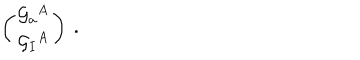
\left( \begin{matrix} { { { \cal G } _ { a } { } ^ { A } } } \\ { { { \cal G } _ { I } { } ^ { A } } } \\ \end{matrix} \right) \ .